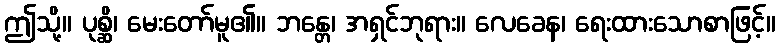
ဤသို့။ ပုစ္ဆိ၊ မေးတော်မူ၏။ ဘန္တေ၊ အရှင်ဘုရား။ လေခေန၊ ရေးထားသောစာဖြင့်။